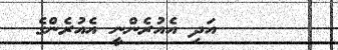
٨      އަދި އެއުރެންނީ އެއުރެންގެ